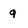
Character: a